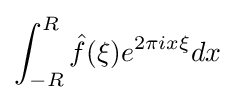
\int _{-R}^{R}{\hat {f}}(\xi )e^{2\pi ix\xi }dx